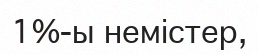
1%-ы немістер,